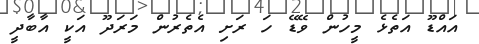
އައްޑޫ އަތެޅެ މީހުން ވޭޑޭ ހަ ރަށި އެތެރުން މަރަދޫ އަކީ އާބާދީ